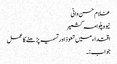
غلام حسن وانی
نیوہ پلوامہ کشمیر
اقتداء میں تعوذ اور تسمیہ پڑھنے کا عمل
جواب:۔